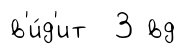
в'и́д'ит 3 вд